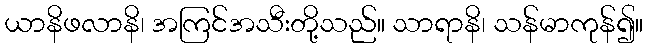
ယာနိဖလာနိ၊ အကြင်အသီးတို့သည်။ သာရာနိ၊ သန်မာကုန်၍။